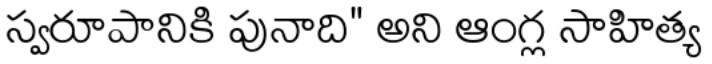
స్వరూపానికి పునాది" అని ఆంగ్ల సాహిత్య